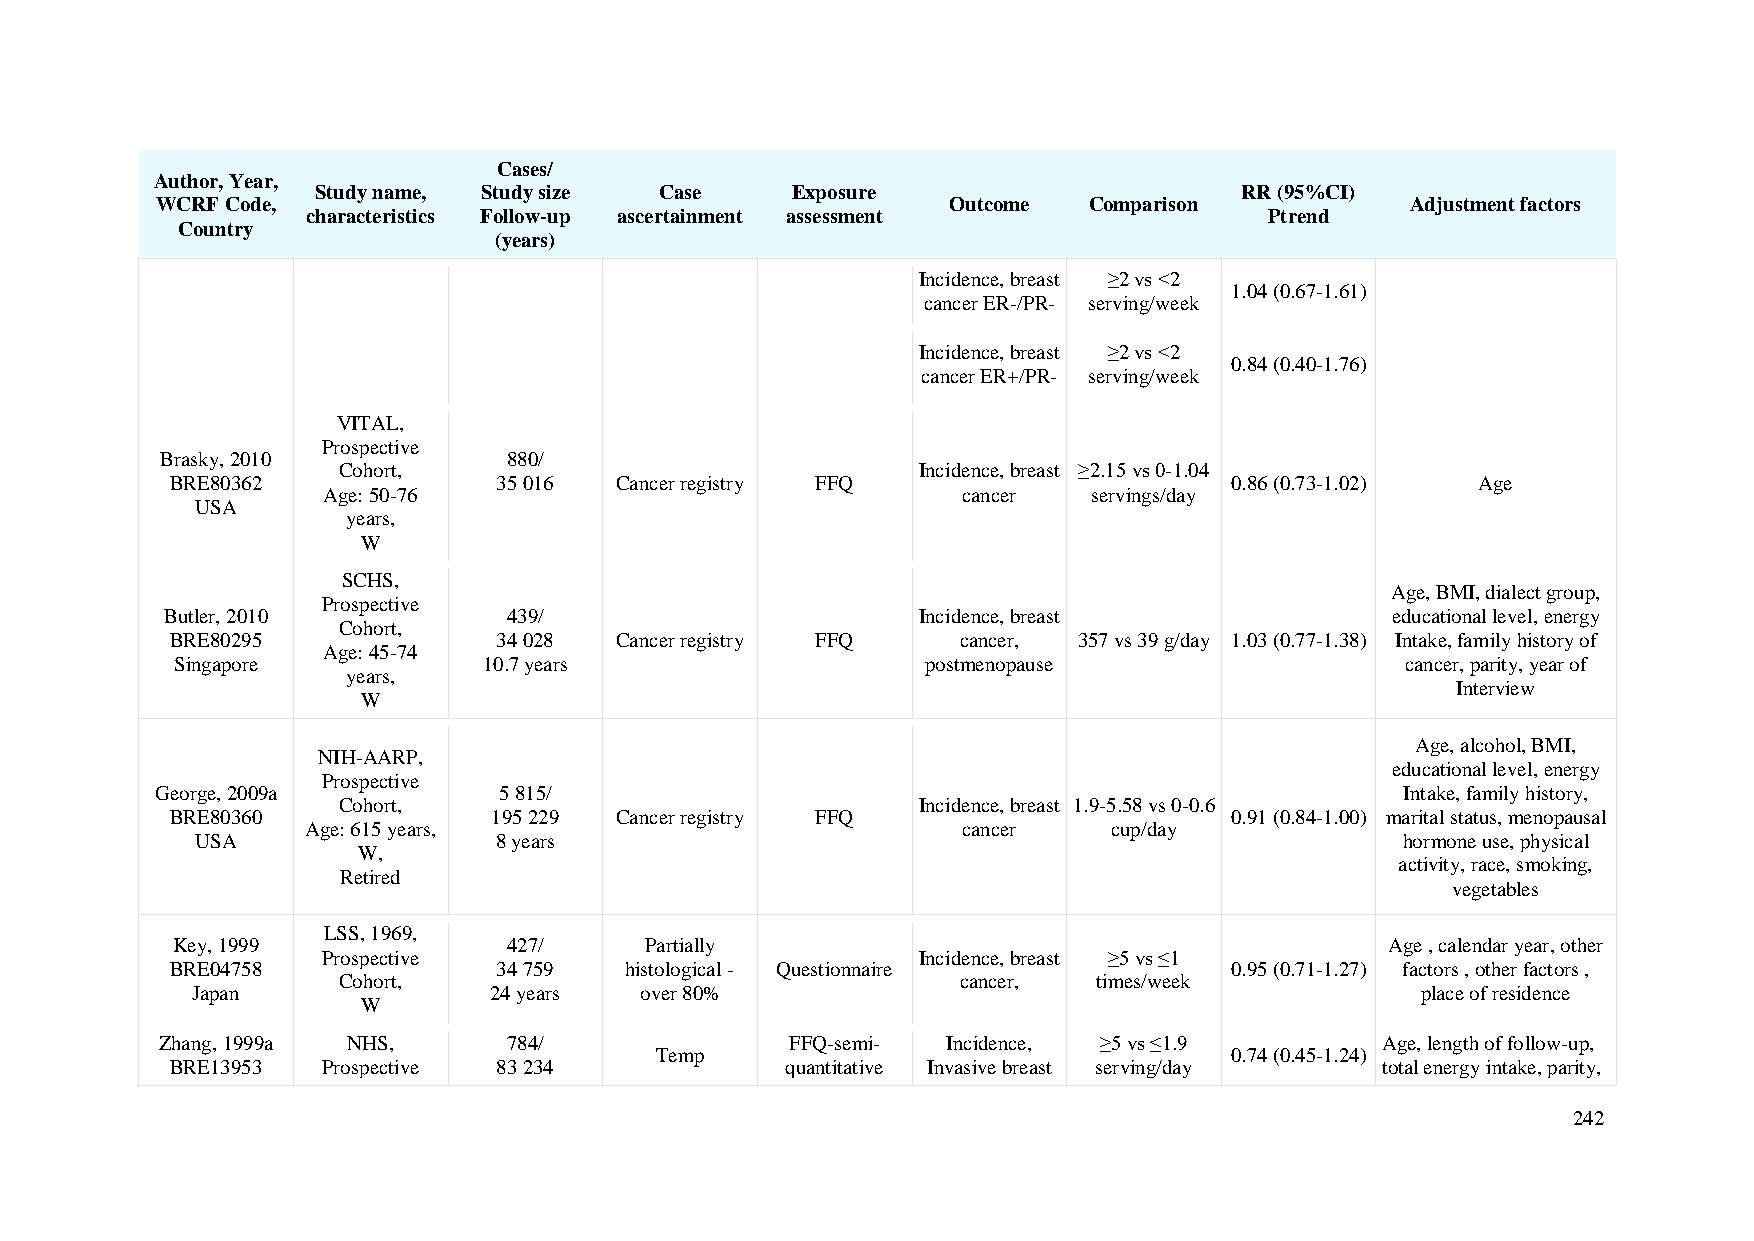
Cases/
 Author, Year,
 Study name, Study size Case    Exposure                      RR (95%CI)
 WCRF Code,                                           Outcome  Comparison           Adjustment factors
 characteristics Follow-up ascertainment assessment              Ptrend
 Country
 (years)
 Incidence, breast ≥2 vs <2
 1.04 (0.67-1.61)
 cancer ER-/PR- serving/week
 Incidence, breast ≥2 vs <2
 0.84 (0.40-1.76)
 cancer ER+/PR- serving/week
 VITAL,
 Prospective
 Brasky, 2010           880/
 Cohort,                                Incidence, breast ≥2.15 vs 0-1.04
 BRE80362              35 016  Cancer registry FFQ                     0.86 (0.73-1.02) Age
 Age: 50-76                                 cancer  servings/day
 USA
 years,
 W
 SCHS,
 Age, BMI, dialect group,
 Prospective
 Butler, 2010           439/                       Incidence, breast              educational level, energy
 Cohort,
 BRE80295              34 028  Cancer registry FFQ    cancer, 357 vs 39 g/day 1.03 (0.77-1.38) Intake, family history of
 Age: 45-74
 Singapore           10.7 years                   postmenopause                   cancer, parity, year of
 years,
 Interview
 W
 Age, alcohol, BMI,
 NIH-AARP,
 educational level, energy
 Prospective
 George, 2009a          5 815/                                                      Intake, family history,
 Cohort,                                Incidence, breast 1.9-5.58 vs 0-0.6
 BRE80360              195 229 Cancer registry FFQ                     0.91 (0.84-1.00) marital status, menopausal
 Age: 615 years,                             cancer    cup/day
 USA                 8 years                                                     hormone use, physical
 W,
 activity, race, smoking,
 Retired
 vegetables
 LSS, 1969,
 Key, 1999              427/     Partially                                        Age , calendar year, other
 Prospective                             Incidence, breast ≥5 vs ≤1
 BRE04758              34 759  histological - Questionnaire            0.95 (0.71-1.27) factors , other factors ,
 Cohort,                                   cancer,  times/week
 Japan              24 years  over 80%                                            place of residence
 W
 Zhang, 1999a NHS,      784/              FFQ-semi-  Incidence, ≥5 vs ≤1.9       Age, length of follow-up,
 Temp                                  0.74 (0.45-1.24)
 BRE13953  Prospective 83 234             quantitative Invasive breast serving/day total energy intake, parity,
 242